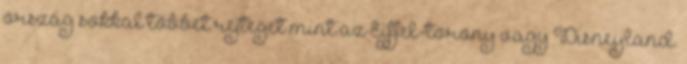
ország sokkal többet rejteget mint az Eiffel-torony vagy Disneyland.